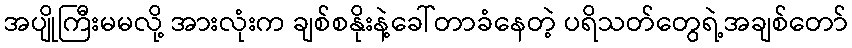
အပျိုကြီးမမလို့ အားလုံးက ချစ်စနိုးနဲ့ခေါ်တာခံနေတဲ့ ပရိသတ်တွေရဲ့အချစ်တော်